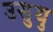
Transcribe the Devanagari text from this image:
उसुथु